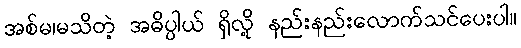
အစ်မ၊မသိတဲ့ အဓိပ္ပါယ် ရှိလို့ နည်းနည်းလောက်သင်ပေးပါ။